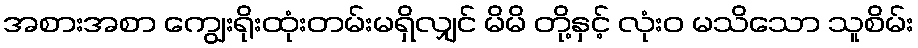
အစားအစာ ကျွေးရိုးထုံးတမ်းမရှိလျှင် မိမိ တို့နှင့် လုံးဝ မသိသော သူစိမ်း